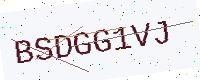
Text: BSDGG1VJ